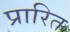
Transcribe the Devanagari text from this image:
प्रारित